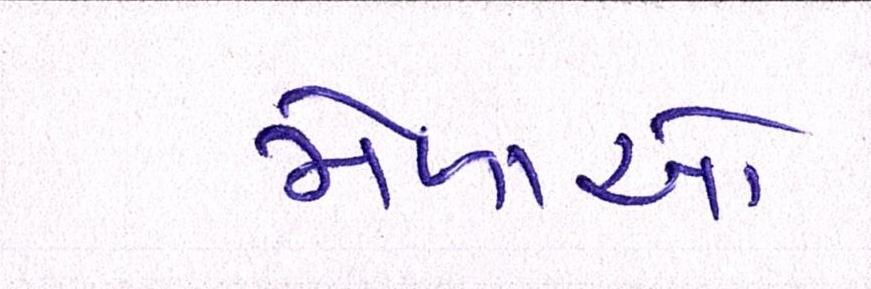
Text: મેળાઓ